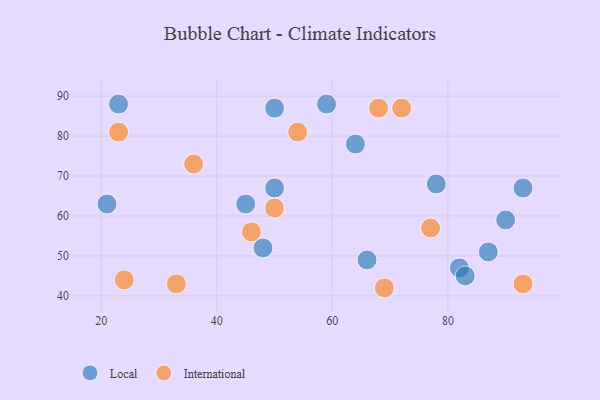
{"axis": {"x": "GDP", "y": "Life Expectancy"}, "legend": ["International", "Local"], "data": [{"x": "93", "y": 67, "type": "Local"}, {"x": "50", "y": 87, "type": "Local"}, {"x": "66", "y": 49, "type": "Local"}, {"x": "87", "y": 51, "type": "Local"}, {"x": "82", "y": 47, "type": "Local"}, {"x": "78", "y": 68, "type": "Local"}, {"x": "64", "y": 78, "type": "Local"}, {"x": "50", "y": 67, "type": "Local"}, {"x": "21", "y": 63, "type": "Local"}, {"x": "23", "y": 88, "type": "Local"}, {"x": "83", "y": 45, "type": "Local"}, {"x": "90", "y": 59, "type": "Local"}, {"x": "45", "y": 63, "type": "Local"}, {"x": "59", "y": 88, "type": "Local"}, {"x": "48", "y": 52, "type": "Local"}, {"x": "46", "y": 56, "type": "International"}, {"x": "69", "y": 42, "type": "International"}, {"x": "23", "y": 81, "type": "International"}, {"x": "33", "y": 43, "type": "International"}, {"x": "68", "y": 87, "type": "International"}, {"x": "54", "y": 81, "type": "International"}, {"x": "36", "y": 73, "type": "International"}, {"x": "50", "y": 62, "type": "International"}, {"x": "93", "y": 43, "type": "International"}, {"x": "77", "y": 57, "type": "International"}, {"x": "72", "y": 87, "type": "International"}, {"x": "24", "y": 44, "type": "International"}]}